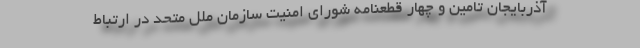
آذربایجان تامین و چهار قطعنامه شورای امنیت سازمان ملل متحد در ارتباط